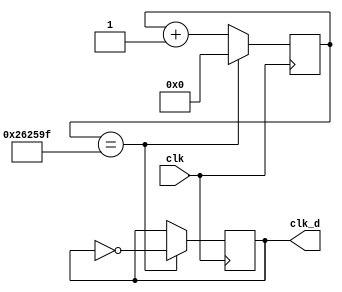
`timescale 1ns / 1ps
//////////////////////////////////////////////////////////////////////////////////
// Company: 
// Engineer: 
// 
// Design Name: 
// Module Name: clk_2
// Project Name: 
// Target Devices: 
// Tool Versions: 
// Description: 
// 
// Dependencies: 
// 
// Revision:
// Revision 0.01 - File Created
// Additional Comments:
// 
//////////////////////////////////////////////////////////////////////////////////



    
module clk_2(clk, clk_d);
  parameter div_value = 2499999;
  input clk;
  output clk_d;
  reg clk_d;
  reg [24:0]count;
  
  initial 
    begin
      clk_d = 0;
      count = 0;
    end
  always @ (posedge clk)
    begin 
      if(count == div_value)
        count <= 0;
      else
        count <= count + 1;
    end
  
  always @ (posedge clk)
    begin 
      if (count == div_value)
        clk_d <= ~clk_d;
    end
      
endmodule